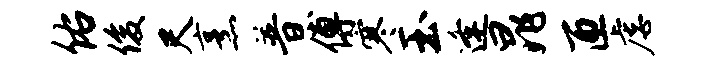
佑俊尺烹普傅寒玉逢晁匝虐